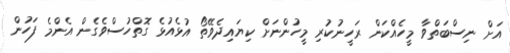
އަށް ނިސްބަތްވާ މީހެއްކަން ރަހީނުކުރި މީހުންނަށް ކިޔައިދެވޭތޯ އުޅެއުޅެ ގޮތްހުސްވެގެން އެންމެ ފަހުން